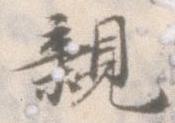
親